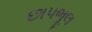
છાપભૂલ